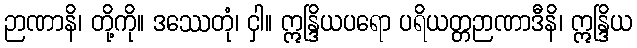
ဉာဏာနိ၊ တို့ကို။ ဒဿေတုံ၊ ငှါ။ ဣန္ဒြိယပရော ပရိယတ္တဉာဏာဒီနိ၊ ဣန္ဒြိယ